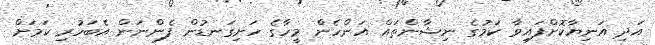
އަދި އަނިޔާކޮށްފައިވާ ކަމުގެ ނިޝާންތައް އަންހެން މީހާގެ ހަށިގަނޑުން ފެންނަން އެބަހުރި ކަމަށް